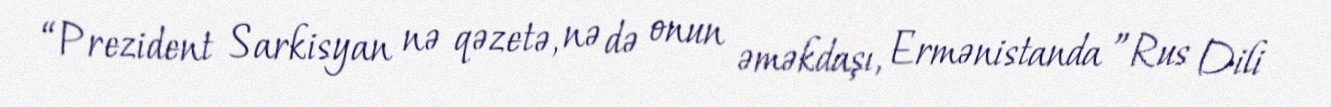
“Prezident Sarkisyan nə qəzetə, nə də onun əməkdaşı, Ermənistanda ”Rus Dili